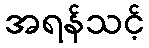
အရန်သင့်